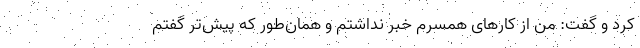
کرد و گفت: من از کارهای همسرم خبر نداشتم و همان‌طور که پیش‌تر گفتم